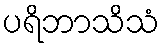
ပရိဘာသိသံ